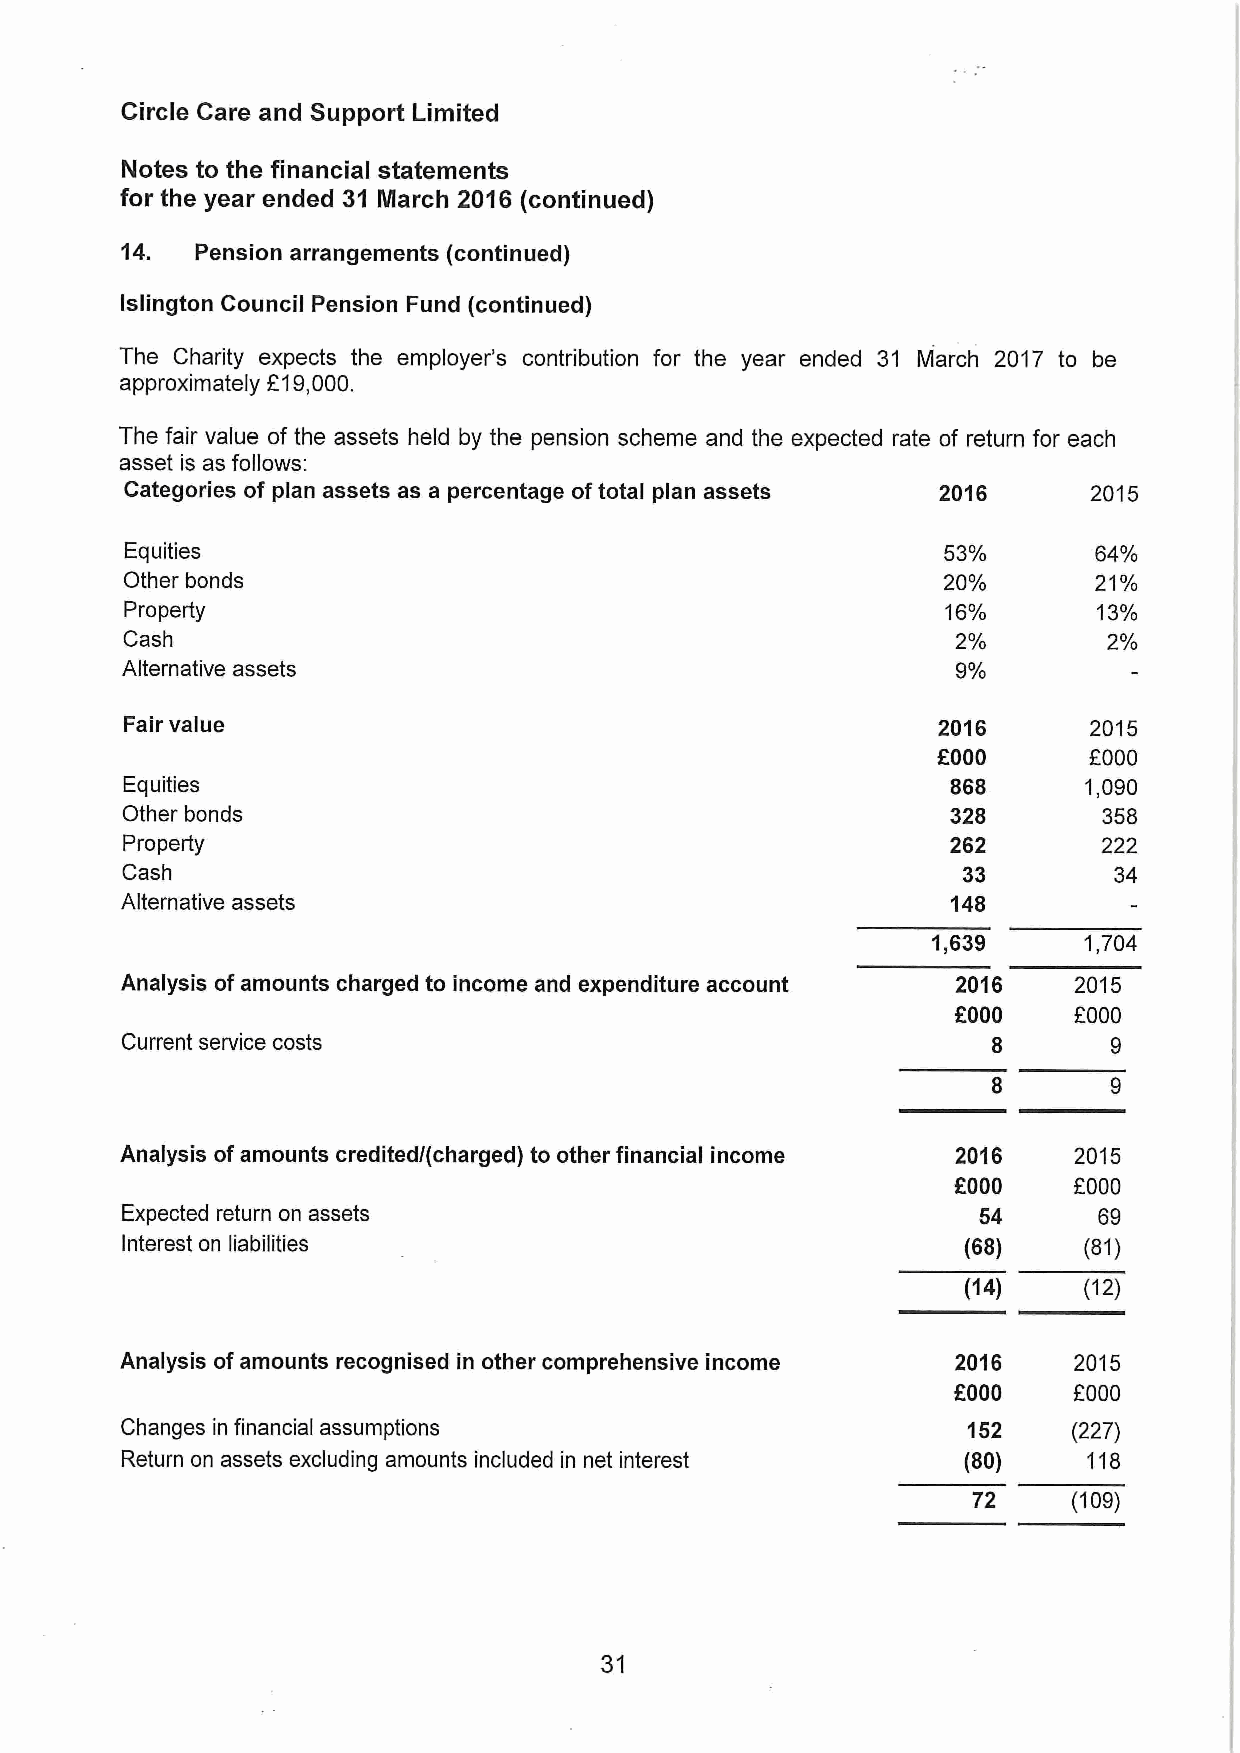
Circle Care and Support Limited
 Notes to the financial statements
 for the year ended 3I March 2016 (continued)
 14.  Pension arrangements (continued)
 Islingion Council Pension Fund (continued)
 The Charity expects the employer's contribution for the year ended 31 March 2017 to be
 approximately 819,000.
 The fair value of the assets held by the pension scheme and the expected rate of return for each
 asset is as follows:
 Categories of plan assets as a percentage oftotal plan assets 2016 2015
 Equities                                              53%       64%
 Other bonds                                           20%       21%
 Property                                               16%       13%
 Cash                                                   2%        2%
 Alternative assets                                     9%
 Fair value                                            2016      2015
 f000      f000
 Equities                                               868      1,090
 Other bonds                                            328       358
 Property                                               262       222
 Cash                                                    33        34
 Alternative assets                                     148
 1,639     1,704
 Analysis ofamounts charged to income and expenditure account 2016 2015
 f
 000    f000
 Current service costs                                     8       9
 Analysis ofamounts credited/(charged) to other financial income 2016 2015
 f000
 OOOO
 Expected return on assets                                54      69
 Interest on liabilities                                 (68)    (81)
 (14)    (12)
 Analysis of amounts recognised in other comprehensive income 2016 2015
 f000
 OOOO
 Changes in financial assumptions                        152    (227)
 Return on assets excluding amounts included in net interest (80) 118
 72     (109)